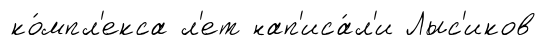
ко́мпл'екса л'ет нап'иса́л'и Лыс'иков